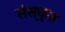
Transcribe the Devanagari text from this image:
संस्‍कृत